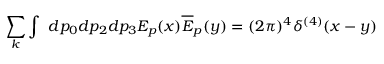
\sum _ { k } \int \ d p _ { 0 } d p _ { 2 } d p _ { 3 } E _ { p } ( x ) \overline { { { E } } } _ { p } ( y ) = ( 2 \pi ) ^ { 4 } \delta ^ { ( 4 ) } ( x - y )